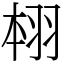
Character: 翉